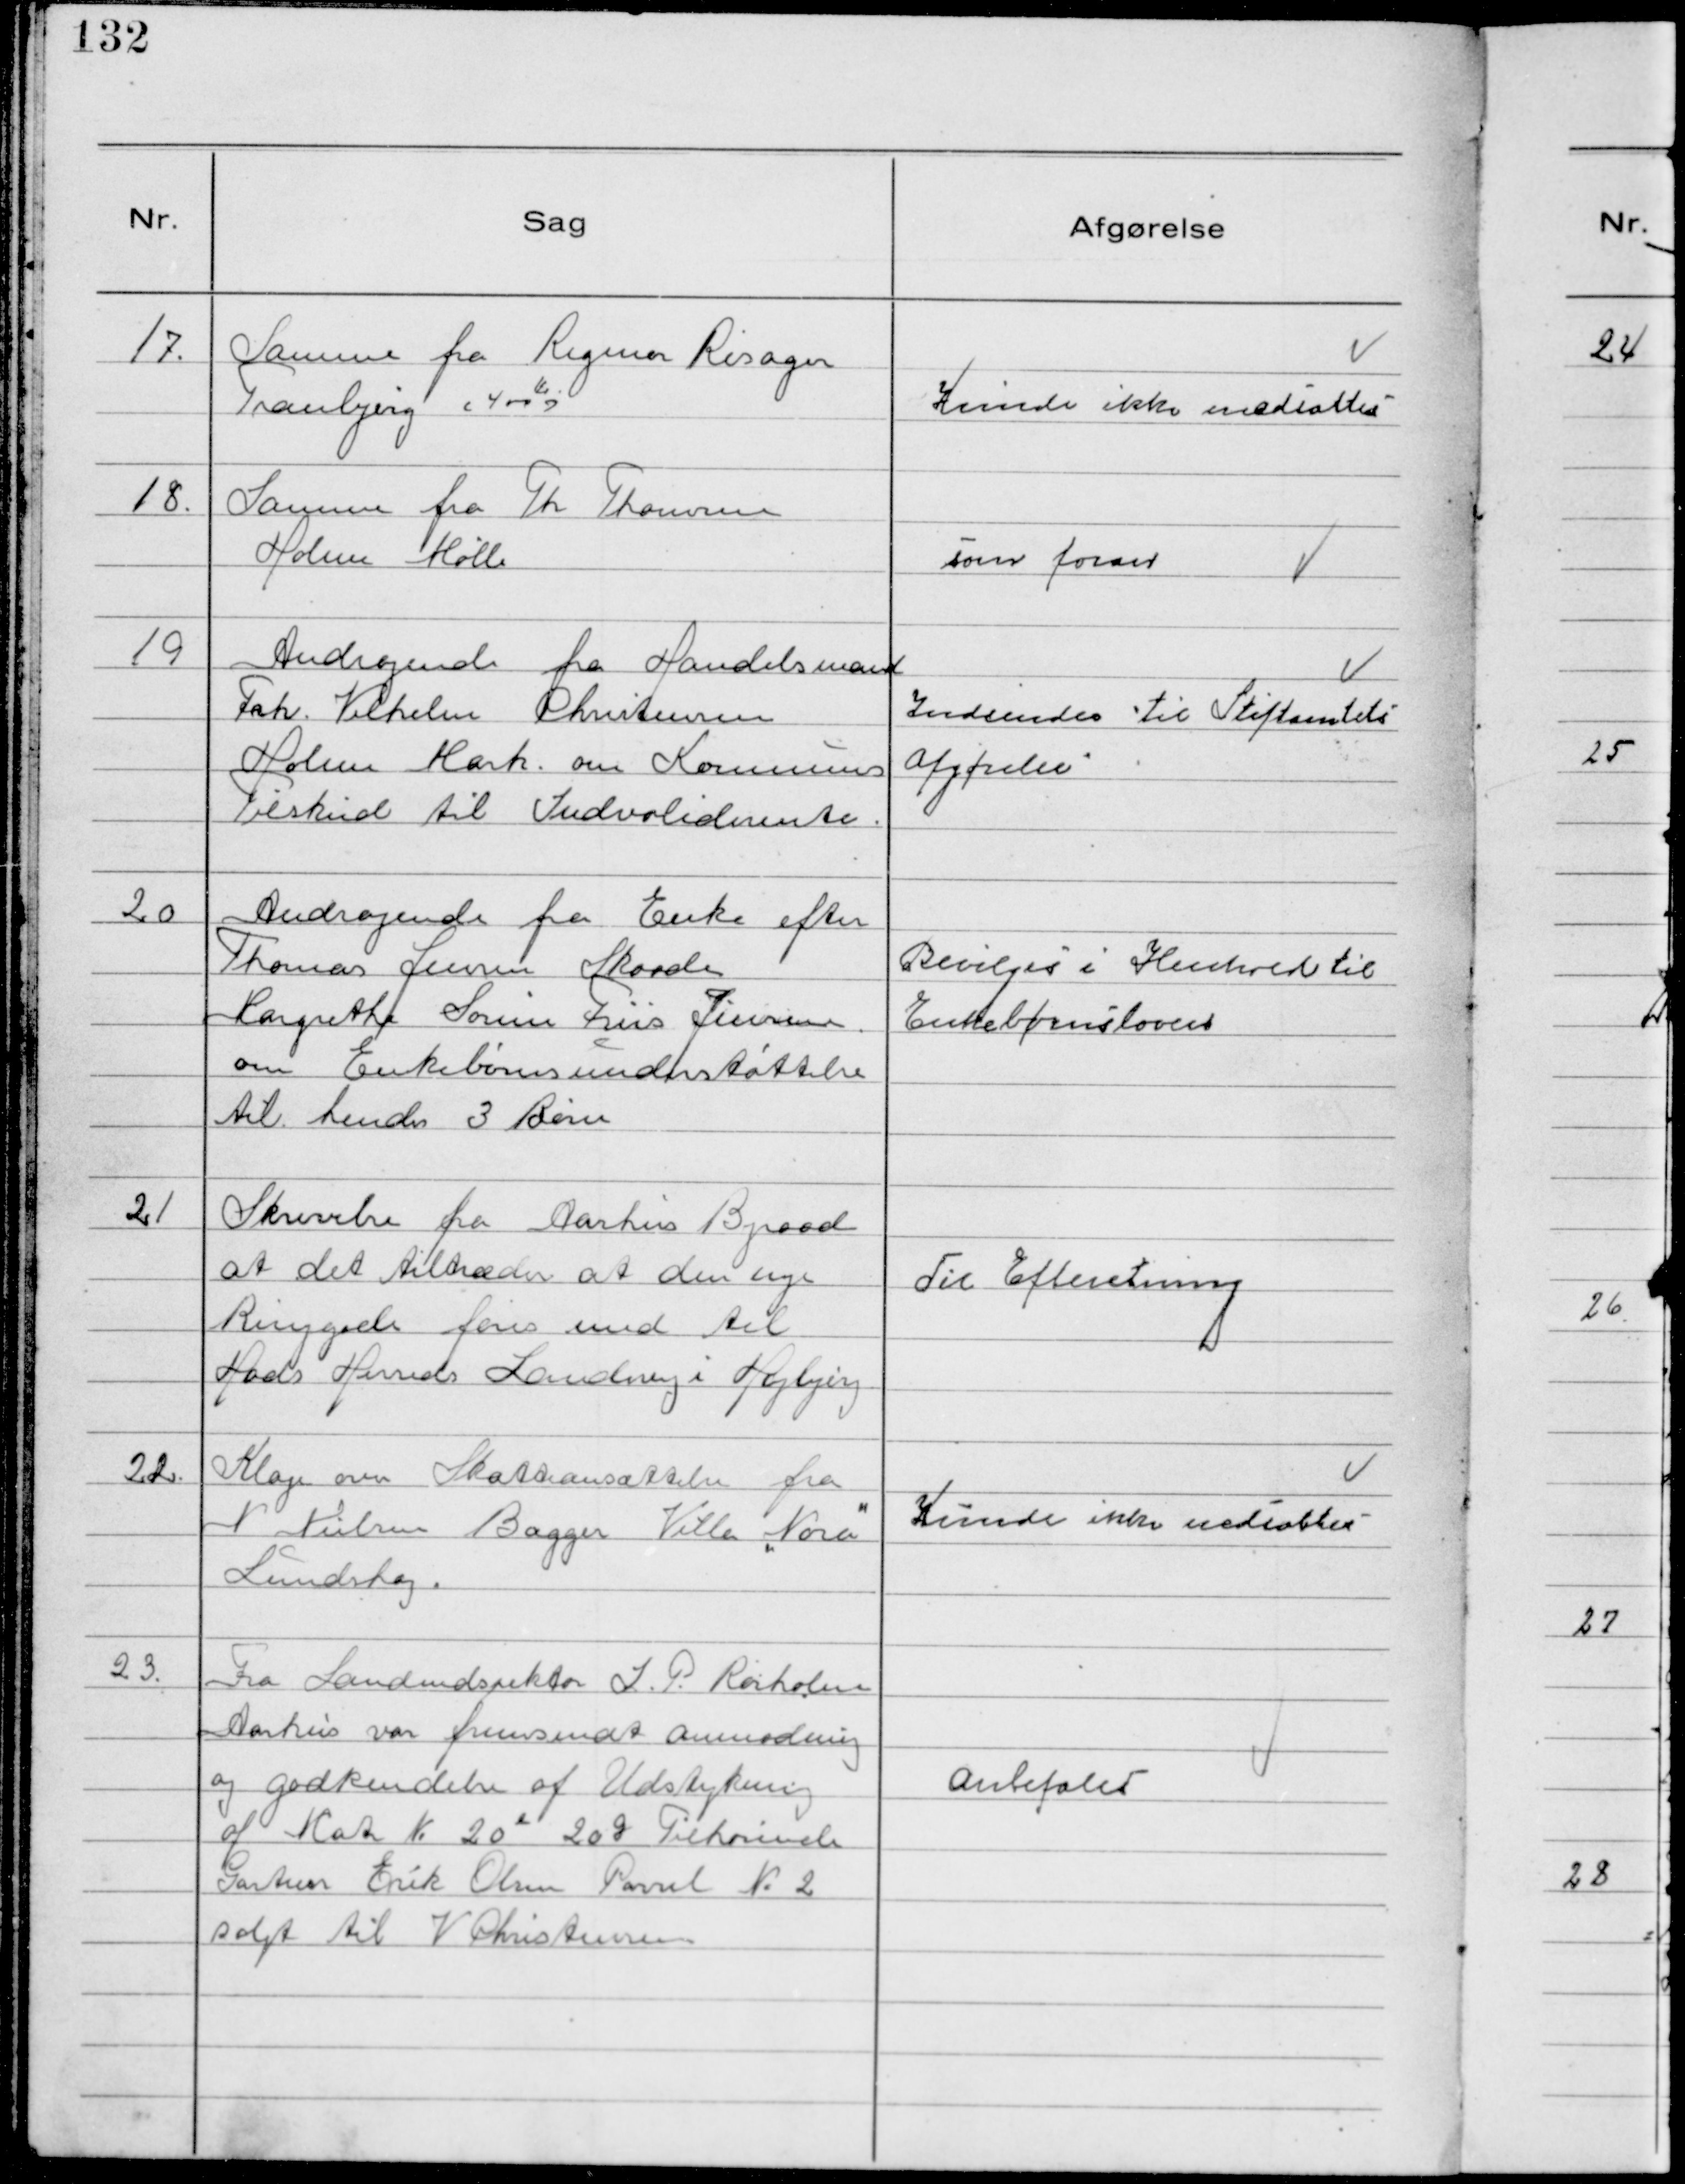
Transskription:
17.
Samme fra Rigmor Risager
Tranbjerg (400 Kr. )

Kunde ikke nedsættes

18.
Samme fra Th Thomsen
Holme Mølle

som foran

19
Andragende fra Handelsmand
Frk. Vilhelm Christensen
Holme Mark. om Kommunens
Tilskud til Indvaliderente.

Indsendes til Stiftamtets
Afgørelse

20
Andragende fra Enke efter
Thomas Jensen Skaade
Margrethe Sørine Friis Jensen
om Enkebørnsunderstøttelse
til hendes 3 Børn

Bevilges i Henhold til
Enkebørnsloven

21
Skrivelse fra Aarhus Byraad
at det tiltræder at den nye
Ringgade føres ned til
Hads Herreds Landevej i Højbjerg

Til Efteretning

22.
Klage om Skatteansættelse fra
N Nielsen Bagger Villa " Nora"
Lundshøj.

Kunde ikke nedsættes

23
Fra Landindspektør J.P. Rørholm
Aarhus var fremsendt Anmodning
og Godkendelse af Udstykning
af Mat №20 e 20 g Tilhørende
Gartner Erik Olsen Parsel № 2
solgt til V Christensen

Anbefales